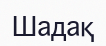
Шадақ